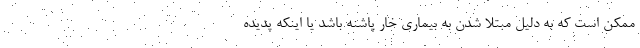
ممکن است که به دلیل مبتلا شدن به بیماری خار پاشنه باشد یا اینکه پدیده